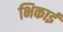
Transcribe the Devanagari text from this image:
भिकाई